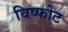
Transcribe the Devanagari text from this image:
विष्फोट